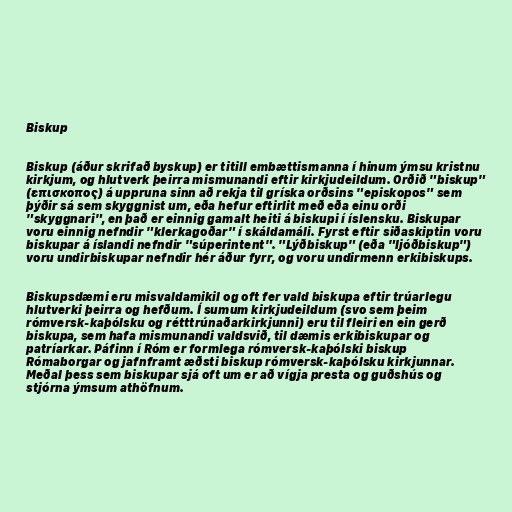
Biskup

Biskup (áður skrifað byskup) er titill embættismanna í hinum ýmsu kristnu
kirkjum, og hlutverk þeirra mismunandi eftir kirkjudeildum. Orðið "biskup"
(επισκοπος) á uppruna sinn að rekja til gríska orðsins "episkopos" sem
þýðir sá sem skyggnist um, eða hefur eftirlit með eða einu orði
"skyggnari", en það er einnig gamalt heiti á biskupi í íslensku. Biskupar
voru einnig nefndir "klerkagoðar" í skáldamáli. Fyrst eftir siðaskiptin voru
biskupar á íslandi nefndir "súperintent". "Lýðbiskup" (eða "ljóðbiskup")
voru undirbiskupar nefndir hér áður fyrr, og voru undirmenn erkibiskups.

Biskupsdæmi eru misvaldamikil og oft fer vald biskupa eftir trúarlegu
hlutverki þeirra og hefðum. Í sumum kirkjudeildum (svo sem þeim
rómversk-kaþólsku og rétttrúnaðarkirkjunni) eru til fleiri en ein gerð
biskupa, sem hafa mismunandi valdsvið, til dæmis erkibiskupar og
patríarkar. Páfinn í Róm er formlega rómversk-kaþólski biskup
Rómaborgar og jafnframt æðsti biskup rómversk-kaþólsku kirkjunnar.
Meðal þess sem biskupar sjá oft um er að vígja presta og guðshús og
stjórna ýmsum athöfnum.